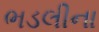
ભડલીના